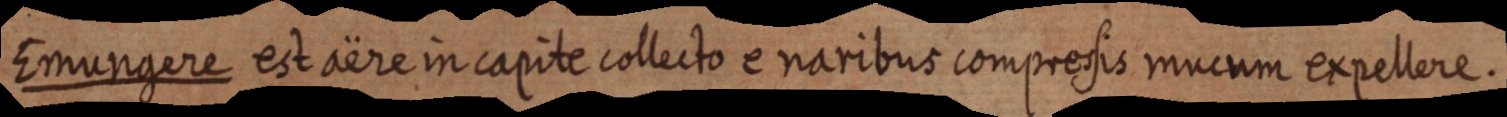
Emungere est aëre in capite collecto e naribus compressis mucum expellere.